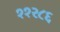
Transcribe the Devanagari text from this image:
११२८६